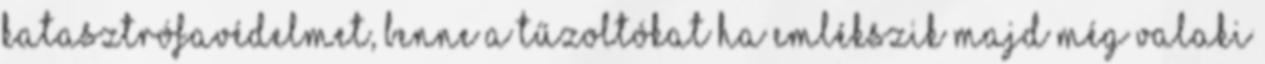
katasztrófavédelmet, benne a tűzoltókat ha emlékszik majd még valaki